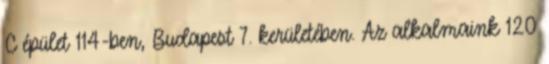
C épület 114-ben, Budapest 7. kerületében. Az alkalmaink 120